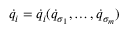
{ \dot { q } } _ { i } = { \dot { q } } _ { i } ( { \dot { q } } _ { \sigma _ { 1 } } , \dots , { \dot { q } } _ { \sigma _ { m } } )